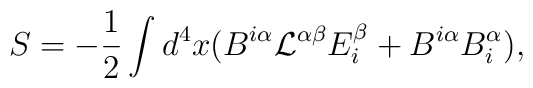
S=-{1\over 2}\int d^4x(B^{i\alpha}{\cal L}^{\alpha\beta}E^\beta_i+B^{i\alpha}B_{i}^\alpha),